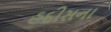
હદીસના